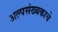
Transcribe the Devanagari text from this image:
अल्पसंख्यकाचे